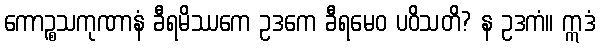
ကောဉ္စသကုဏာနံ ခီရမိဿကေ ဥဒကေ ခီရမေဝ ပဝိသတိ? န ဥဒကံ။ ဣဒံ